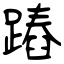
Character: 蹖